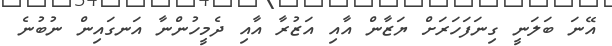
އޭނަ ބަލަނީ ގިނަފަހަރަށް ޔަޒާން އާއި އަޒުރާ އާއި ދެމީހުންނާ އަނގައިން ނުބުނެ